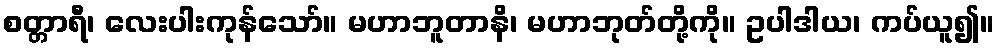
စတ္တာရီ၊ လေးပါးကုန်သော်။ မဟာဘူတာနိ၊ မဟာဘုတ်တို့ကို။ ဥပါဒါယ၊ ကပ်ယူ၍။